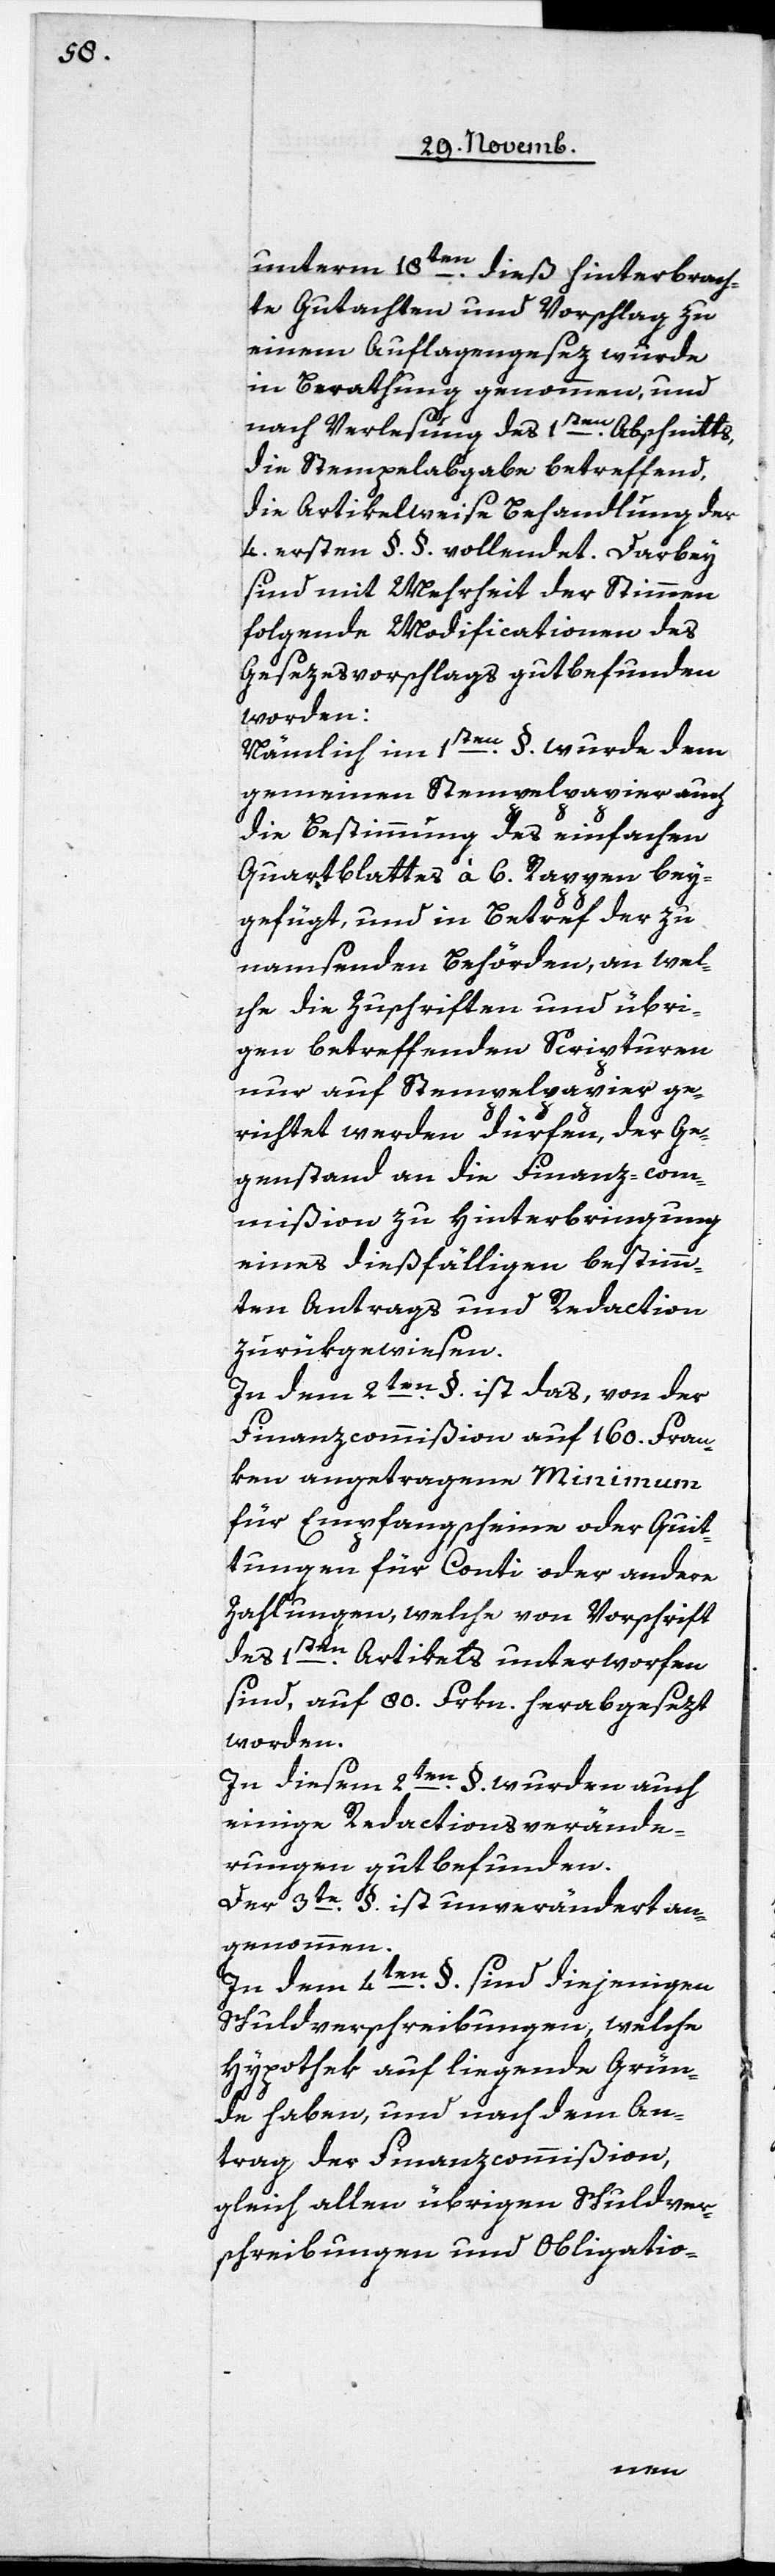
unterm 18ten. dieß hinterbrach¬
ten Gutachten und Vorschlag zu
einem Auflagengesez wurde
in Berathung genommen, und
nach Verlesung des 1sten. Abschnitts,
die Stempelabgabe betreffend,
die Artikelweise Behandlung der
4. ersten §. §. vollendet. Darbey
sind mit Mehrheit der Stimmen
folgende Modificationen des
Gesezesvorschlags gutbefunden
worden:
Nämlich im 1sten. §. wurde dem
gemeinen Stempelpapier auch
die Bestimmung des einfachen
Quartblattes à 6. Rappen bey¬
gefügt, und in Betreff der zu
namsenden Behörden, an wel¬
che die Zuschriften und übri¬
gen betreffenden Scripturen
nur auf Stempelpapier ge¬
richtet werden dürfen, der Ge¬
genstand an die Finanz-com¬
mißion zu Hinterbringung
eines dießfälligen bestimm¬
ten Antrags und Redaction
zurükgewiesen.
In dem 2ten. §. ist das, von der
Finanzcommißion auf 160. Fran¬
ken angetragene Minimum
für Empfangscheine oder Quit¬
tungen für Conti oder andere
Zahlungen, welche von Vorschrift
des 1sten. Artikels unterworfen
sind, auf 80. Frkn. herabgesezt
worden.
In diesem 2ten. §. wurden auch
einige Redactionsverände¬
rungen gutbefunden.
Der 3te. §. ist unverändert an¬
genommen.
In dem 4ten. §. sind diejenigen
Schuldverschreibungen, welche
Hypothek auf liegende Grün¬
de haben, und nach dem An¬
trag der Finanzcommißion
gleich allen übrigen Schuldver¬
schreibungen und Obligatio-